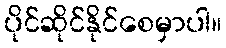
ပိုင်ဆိုင်နိုင်စေမှာပါ။